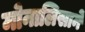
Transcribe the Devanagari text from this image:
मोनालिसाने